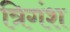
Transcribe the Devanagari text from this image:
त्रिगंश